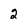
Character: 2